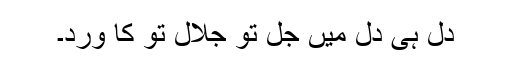
دل ہی دل میں جل تو جلال تو کا ورد۔